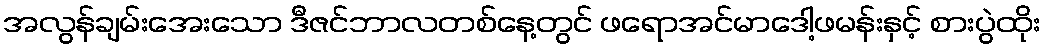
အလွန်ချမ်းအေးသော ဒီဇင်ဘာလတစ်နေ့တွင် ဖရောအင်မာဒေါ့ဖမန်းနှင့် စားပွဲထိုး